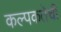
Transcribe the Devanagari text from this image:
कल्पकतेची